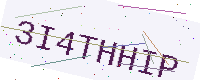
Text: 3I4THHIP